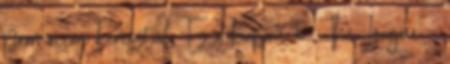
promóción keresztül. Ez a kupon a „The League -